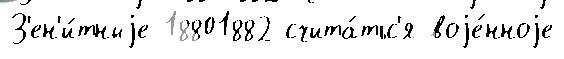
З'ен'и́тныjе 18801882 счита́тьс'я воjе́нноjе